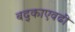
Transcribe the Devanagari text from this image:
बद्काएवढी